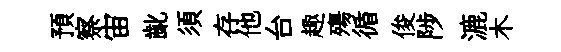
預察宙齔須存他台趣殤循俊陟漉木